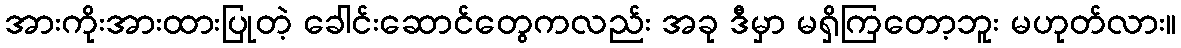
အားကိုးအားထားပြုတဲ့ ခေါင်းဆောင်တွေကလည်း အခု ဒီမှာ မရှိကြတော့ဘူး မဟုတ်လား။